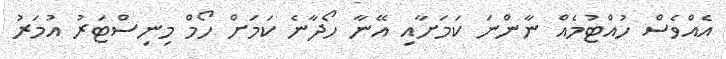
އެއްވެސް ހުއްޓުމެއް ނާންނަ ކަމަށާއި އޭނާ ހޯދާނެ ކަމަށް ހޯމް މިނިސްޓަރު އުމަރު